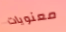
معنويات